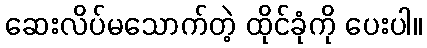
ဆေးလိပ်မသောက်တဲ့ ထိုင်ခုံကို ပေးပါ။